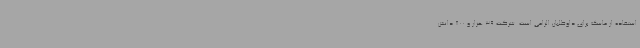
استفاده از ماسک برای داوطلبان الزامی است. شرکت 39 هزار و 800 دانش